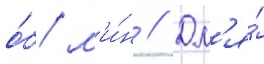
о́б/ м'и́н // Дл'я́